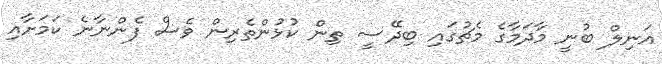
އަނިލް ބުނީ މާދަމާގެ މެޗުގައި ބިދޭސީ ތިން ކުޅުންތެރިން ވެސް ފެންނާނެ ކަމަށާއި